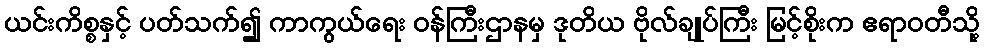
ယင်းကိစ္စနှင့် ပတ်သက်၍ ကာကွယ်ရေး ဝန်ကြီးဌာနမှ ဒုတိယ ဗိုလ်ချုပ်ကြီး မြင့်စိုးက ဧရာဝတီသို့